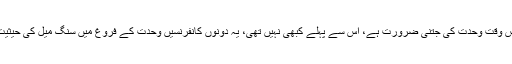
پاکستان کو اس وقت وحدت کی جتنی ضرورت ہے، اس سے پہلے کبھی نہیں تھی، یہ دونوں کانفرنسیں وحدت کے فروغ میں سنگ میل کی حیثیت رکھتی ہیں۔